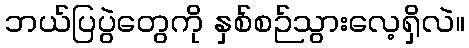
ဘယ်ပြပွဲတွေကို နှစ်စဉ်သွားလေ့ရှိလဲ။